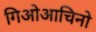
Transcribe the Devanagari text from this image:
गिओआचिनो